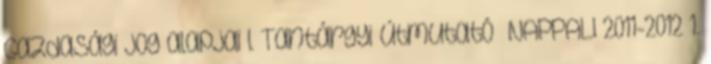
Gazdasági jog alapjai I. Tantárgyi útmutató NAPPALI 2011-2012 1.